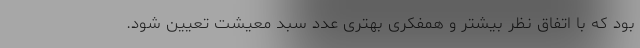
بود که با اتفاق نظر بیشتر و همفکری بهتری عدد سبد معیشت تعیین شود.